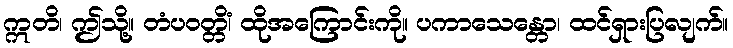
ဣတိ၊ ဤသို့။ တံပဝတ္တိံ၊ ထိုအကြောင်းကို။ ပကာသေန္တော၊ ထင်ရှားပြလျက်။